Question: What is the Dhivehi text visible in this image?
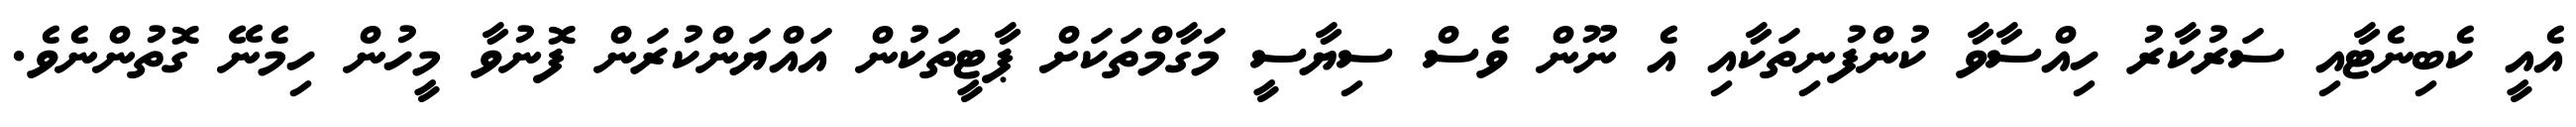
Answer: އެއީ ކެބިނެޓާއި ސަރުކާރު ހިއްސާވާ ކުންފުނިތަކާއި އެ ނޫން ވެސް ސިޔާސީ މަގާމްތަކަށް ޕާޓީތަކުން އައްޔަންކުރަން ފޮނުވާ މީހުން ހިމެނޭ ގޮތުންނެވެ.